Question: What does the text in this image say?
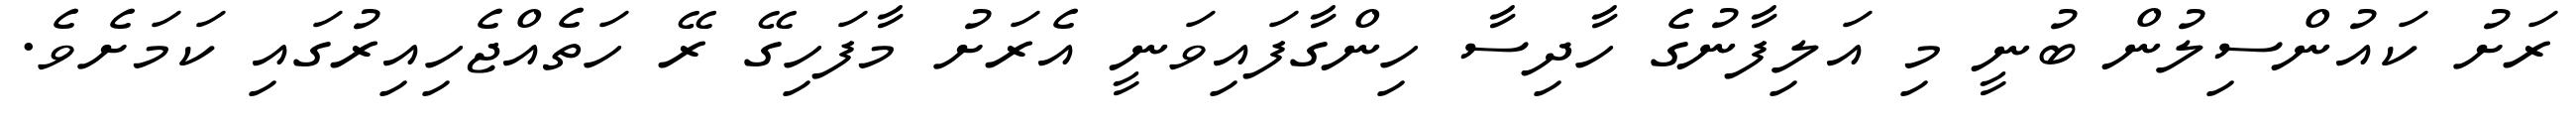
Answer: ރަށު ކައުންސިލުން ބުނީ މި އަލިފާނުގެ ހާދިސާ ހިންގާފައިވަނީ އެރަށު މާފަހިގޭ ރޭ ހަތެއްޖެހިއިރުގައި ކަމަށެވެ.